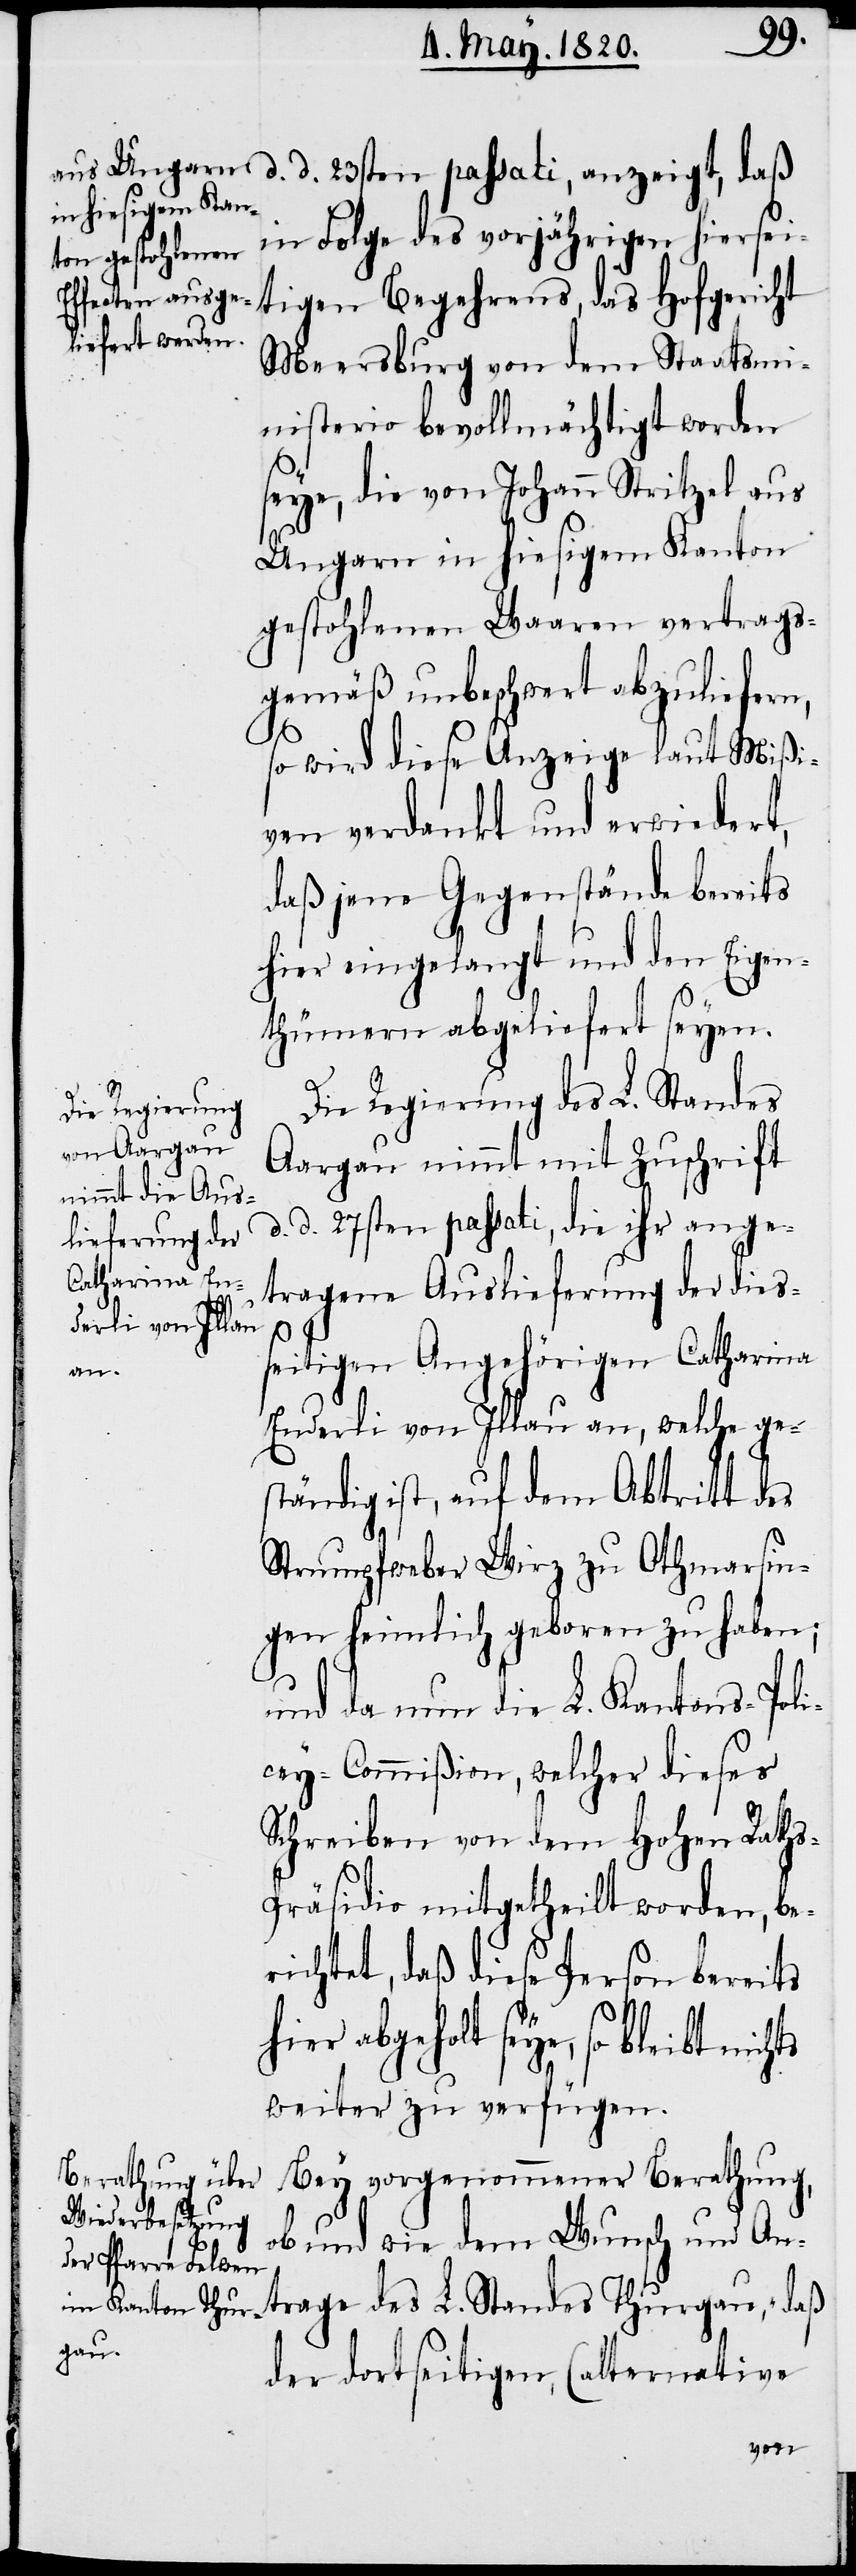
d. d.
in Folge des vorjährigen hiersei¬
tigen Begehrens, das Hofgericht
Meersburg von dem Staatsmi¬
nisterio bevollmächtigt worden
seye, die von Johann Stritzel aus
Ungarn in hiesigem Kanton
gestohlenen Waaren vertrags¬
gemäß unbeschwert abzuliefern,
so wird diese Anzeige laut Mißi¬
ven verdankt und erwiedert,
daß jene Gegenstände bereits
hier eingelangt und den Eigen¬
thümern abgeliefert seyen.
Die Regierung des L. Standes
Aargau nimmt mit Zuschrift
d. d. 27sten passati, die ihr ange¬
tragene Auslieferung der dies¬
seitigen Angehörigen Catharina
Enderli von Illau an, welche ge¬
ständig ist, auf dem Abtritt des
Strumpfweber Wirz zu Othmarsin¬
gen heimlich geboren zu haben;
und da nun die L. Kantons-Poli¬
cey-Commißion, welcher dieses
Schreiben von dem Hohen Rath¬
s-Präsidio mitgetheilt worden, be¬
richtet, daß diese Person bereits
hier abgeholt seye, so bleibt
weiter zu verfügen.
Bey vorgenommener Berathung,
ob und wie dem Wunsch und An¬
trage des L. Standes Thurgau, „daß
der dortseitigen, (alternative